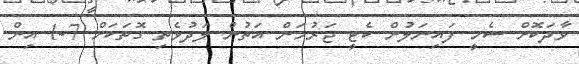
ވާދަކޮށް ސެމީ ފައިނަލުން ކެޓީ ޖަރުމަން އަތުން ލަދުވެތި ގޮތަކަށް 7-1 އިން